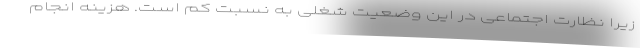
زیرا نظارت اجتماعی در این وضعیت شغلی به نسبت کم است. هزینه انجام